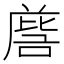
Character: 𭉵